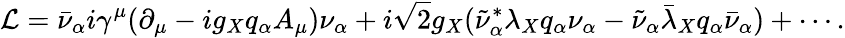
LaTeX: {\cal L}=\bar{\nu}_{\alpha}i\gamma^{\mu}(\partial_{\mu}-ig_{X}q_{\alpha}A_{\mu})\nu_{\alpha}+i\sqrt 2g_{X}(\tilde{\nu}_{\alpha}^{\ast}\lambda_{X}q_{\alpha}\nu_{\alpha}-\tilde{\nu}_{\alpha}\bar{\lambda}_{X}q_{\alpha}\bar{\nu}_{\alpha})+\cdots.